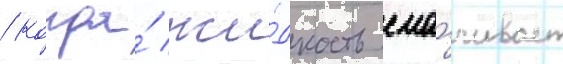
/ когда́ жи́дкость сма́чивает